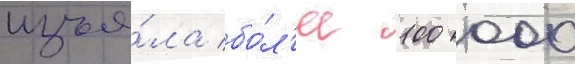
изъя́ла бо́л'ее 100 000